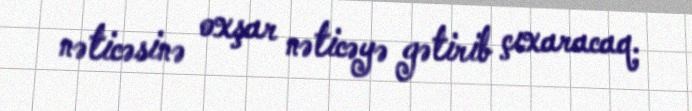
nəticəsinə oxşar nəticəyə gətirib çıxaracaq.